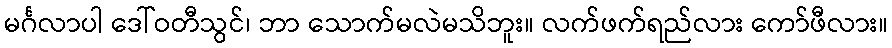
မင်္ဂလာပါ ဒေါ်ဝတီသွင်၊ ဘာ သောက်မလဲမသိဘူး။ လက်ဖက်ရည်လား ကော်ဖီလား။